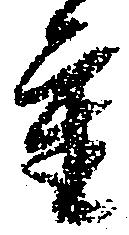
重